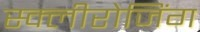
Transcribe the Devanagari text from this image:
स्क्लीरोजिंग